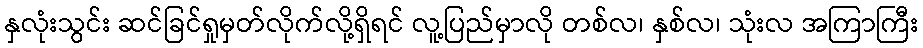
နှလုံးသွင်း ဆင်ခြင်ရှုမှတ်လိုက်လို့ရှိရင် လူ့ပြည်မှာလို တစ်လ၊ နှစ်လ၊ သုံးလ အကြာကြီး